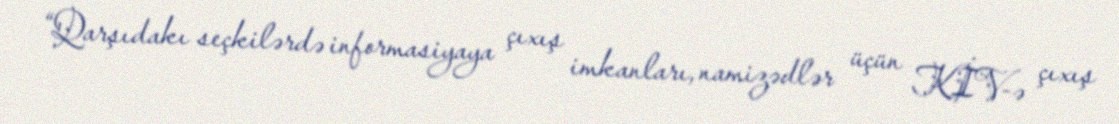
“Qarşıdakı seçkilərdə informasiyaya çıxış imkanları, namizədlər üçün KİV-ə çıxış